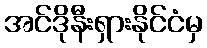
အင်ဒိုနီးရှားနိုင်ငံမှ